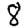
Digit: 8